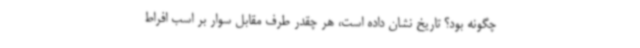
چگونه بود؟ تاریخ نشان داده است، هر چقدر طرف مقابل سوار بر اسب افراط